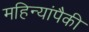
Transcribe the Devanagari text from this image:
महिन्यांपैकी